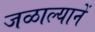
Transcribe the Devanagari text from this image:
जळाल्यानें